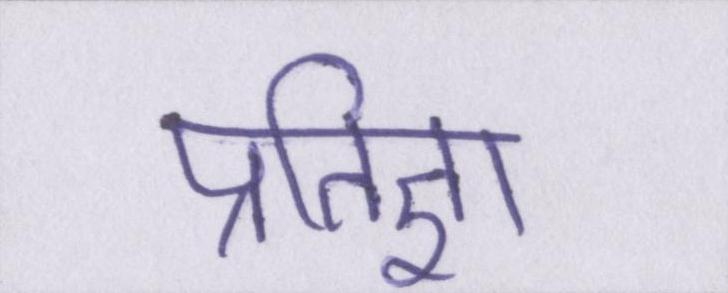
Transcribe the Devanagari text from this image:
प्रतिज्ञा